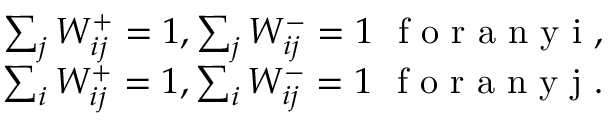
\begin{array} { r } { \sum _ { j } W _ { i j } ^ { + } = 1 , \sum _ { j } W _ { i j } ^ { - } = 1 \ \mathrm { ~ f ~ o ~ r ~ a ~ n ~ y ~ i ~ , ~ } } \\ { \sum _ { i } W _ { i j } ^ { + } = 1 , \sum _ { i } W _ { i j } ^ { - } = 1 \ \mathrm { ~ f ~ o ~ r ~ a ~ n ~ y ~ j ~ . ~ } } \end{array}